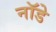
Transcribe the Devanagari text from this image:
नॉडे